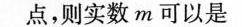
点，则实数m可以是